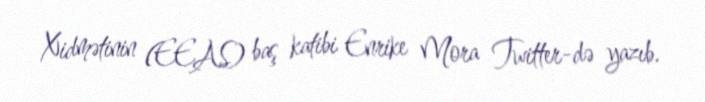
Xidmətinin (EEAS) baş katibi Enrike Mora Twitter-də yazıb.